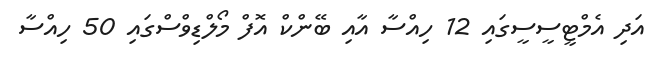
އަދި އެމްޓީސީސީގައި 12 ހިއްސާ އާއި ބޭންކް އޮފް މޯލްޑިވްސްގައި 50 ހިއްސާ